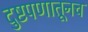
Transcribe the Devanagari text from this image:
दुष्टपणातूनच